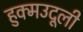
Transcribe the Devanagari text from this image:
हुक्मउदूली